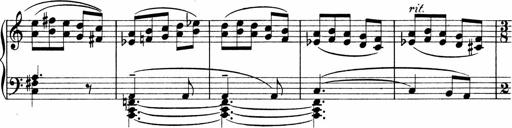
Title: Sonatina No.1
Composer: Otto Stoll
Key: C major